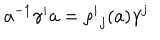
LaTeX: a ^ { - 1 } \gamma ^ { i } a = { \rho ^ { i } } _ { j } ( a ) \gamma ^ { j }